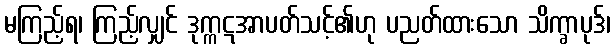
မကြည့်ရ၊ ကြည့်လျှင် ဒုက္ကဋအာပတ်သင့်၏ဟု ပညတ်ထားသော သိက္ခာပုဒ်၊